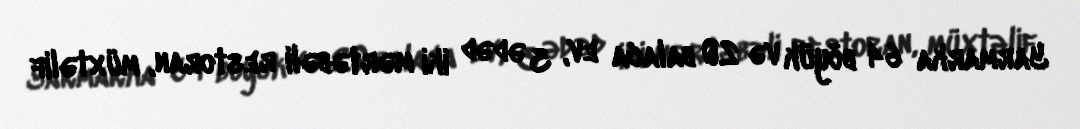
Yarmarka 64 böyük və 20 balaca ev, 3 ədəd iki mərtəbəli restoran, müxtəlif